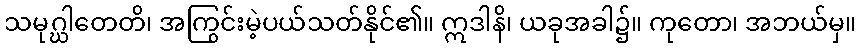
သမုဂ္ဃါတေတိ၊ အကြွင်းမဲ့ပယ်သတ်နိုင်၏။ ဣဒါနိ၊ ယခုအခါ၌။ ကုတော၊ အဘယ်မှ။